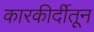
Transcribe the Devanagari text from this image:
कारकीर्दीतून